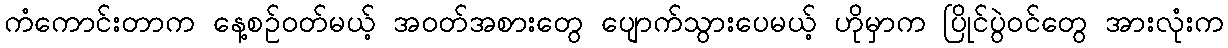
ကံကောင်းတာက နေ့စဉ်ဝတ်မယ့် အဝတ်အစားတွေ ပျောက်သွားပေမယ့် ဟိုမှာက ပြိုင်ပွဲဝင်တွေ အားလုံးက